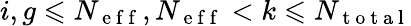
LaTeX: i,g\leqslant N_{\mathrm{~e~f~f~}},N_{\mathrm{~e~f~f~}}<k\leqslant N_{\mathrm{~t~o~t~a~l~}}